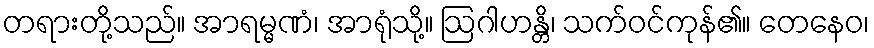
တရားတို့သည်။ အာရမ္မဏံ၊ အာရုံသို့။ ဩဂါဟန္တိ၊ သက်ဝင်ကုန်၏။ တေနေဝ၊